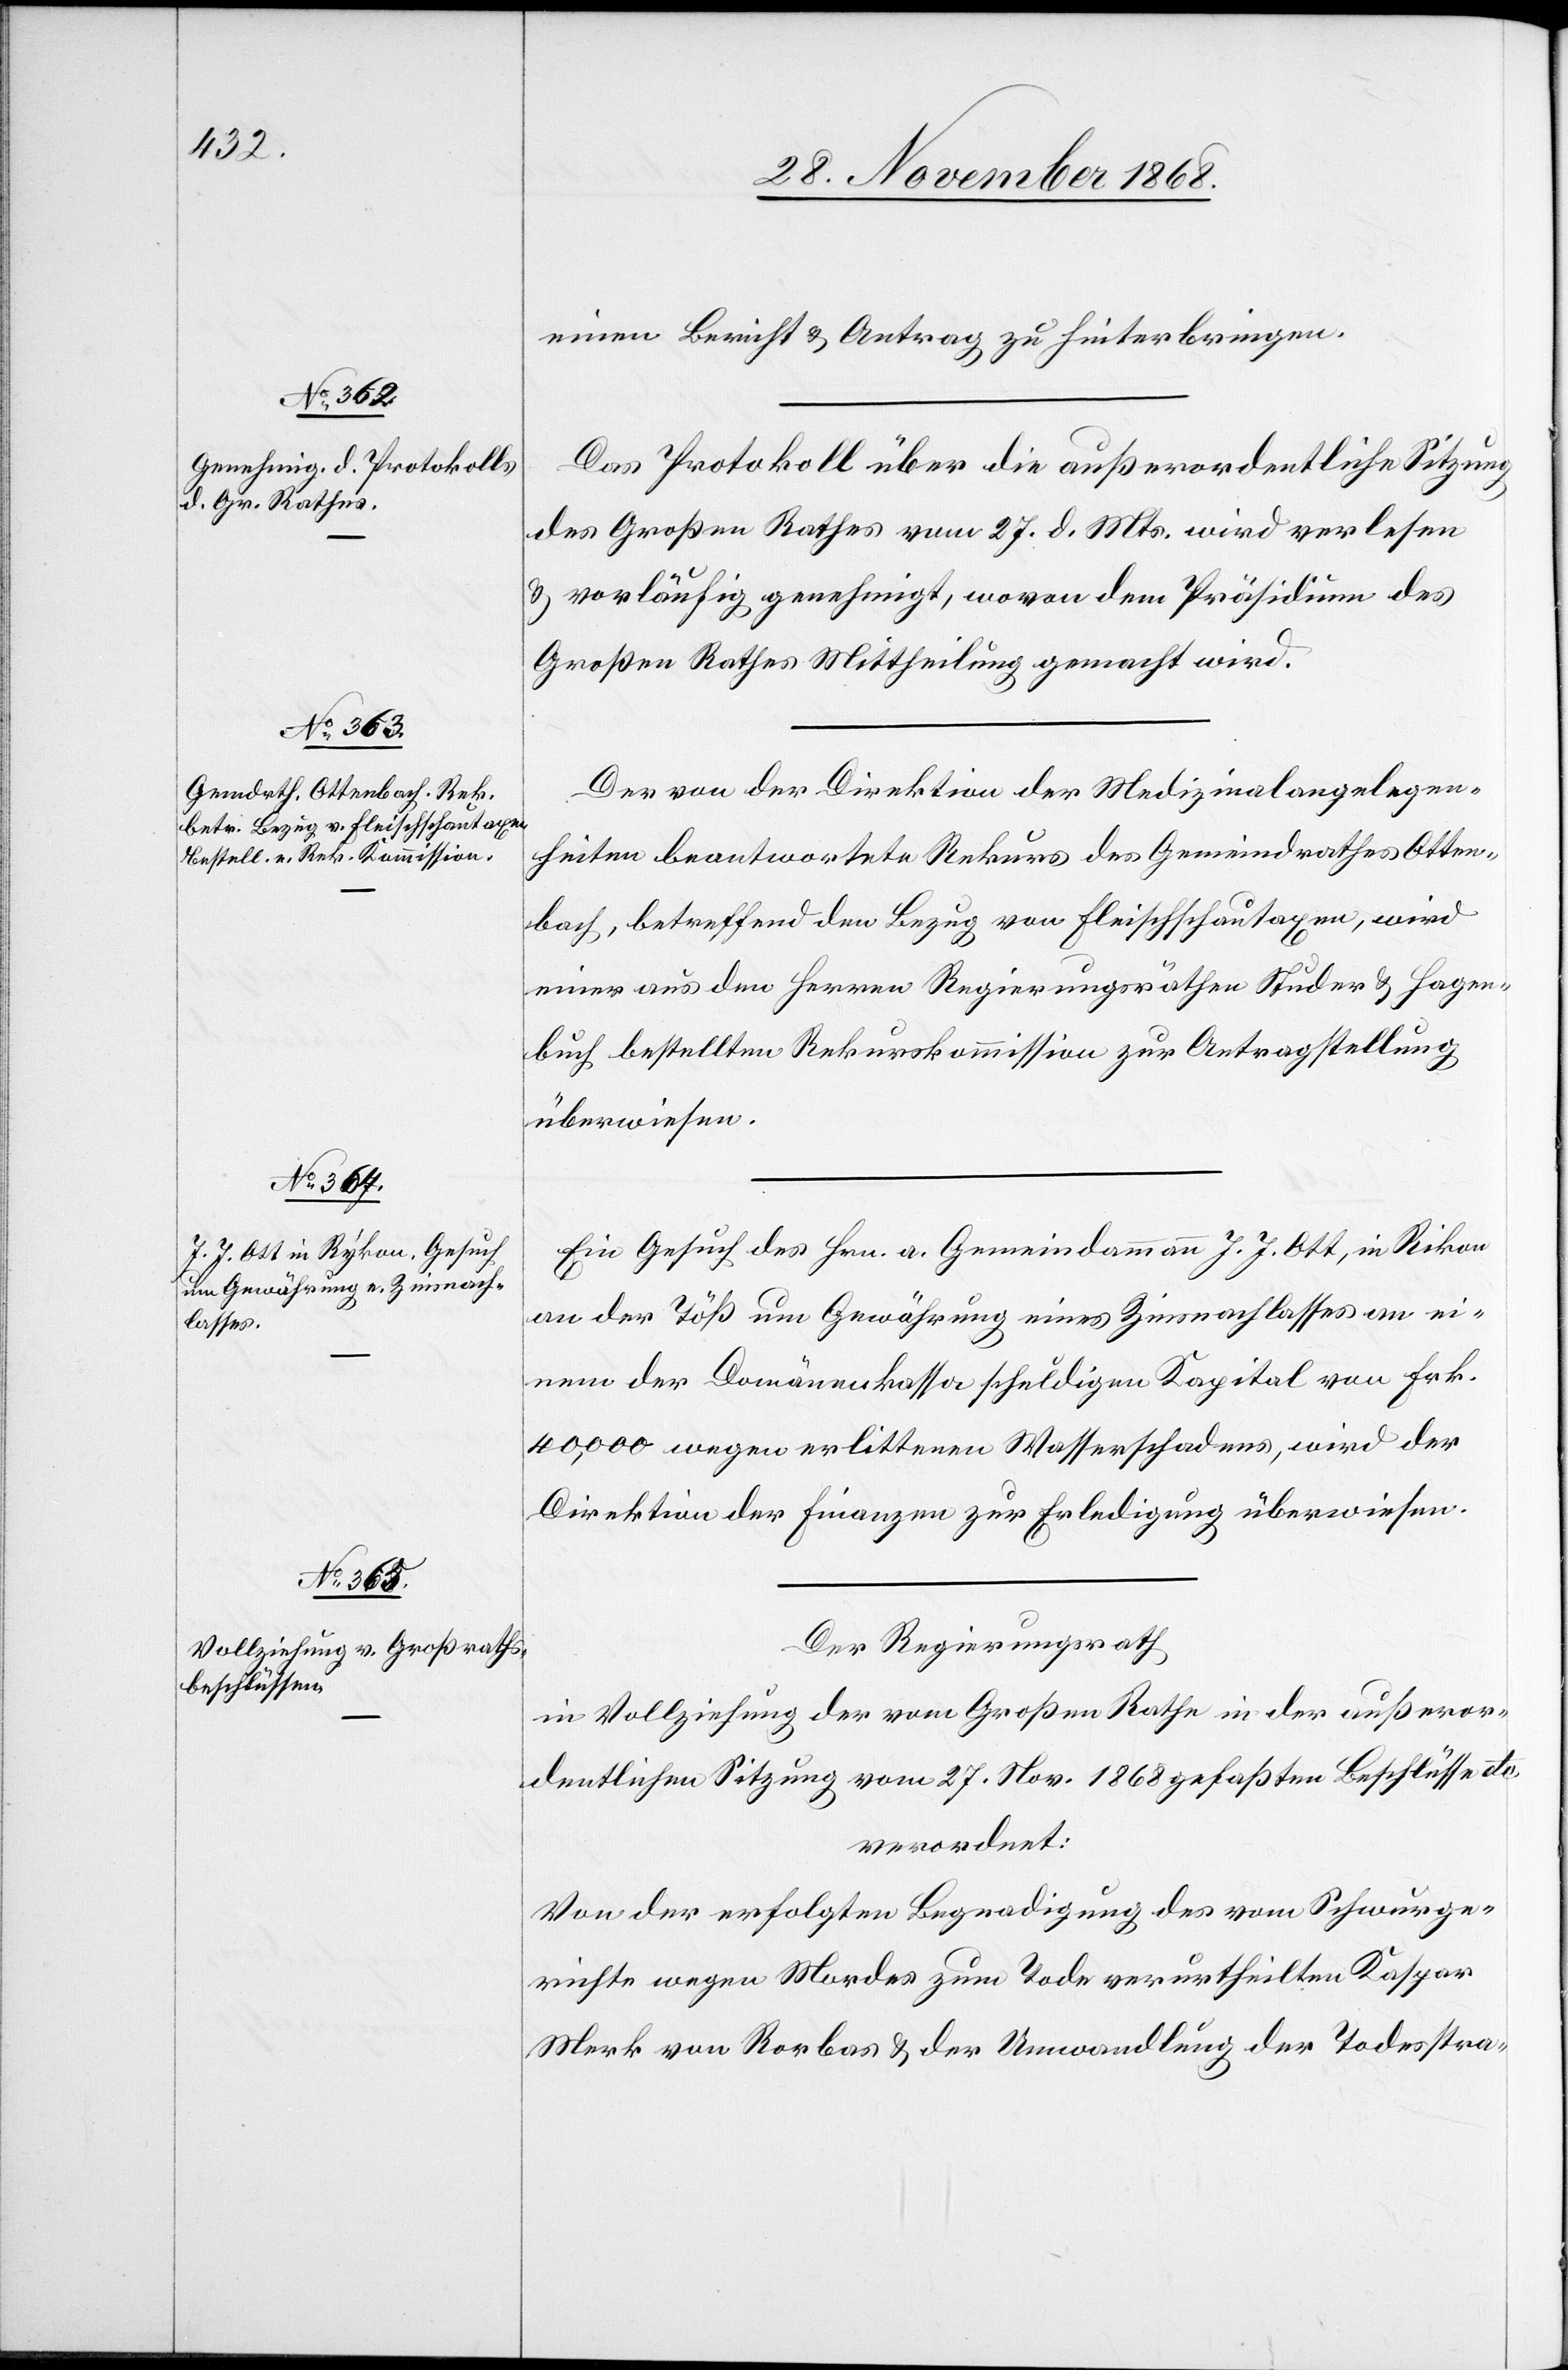
einen Bericht & Antrag zu hinterbringen.
Das Protokoll über die außerordentliche Sitzung
des Großen Rathes vom 27. d. Mts. wird verlesen
& vorläufig genehmigt, wovon dem Präsidium des
Großen Rathes Mittheilung gemacht wird.
Der von der Direktion der Medizinalangelegen¬
heiten beantwortete Rekurs des Gemeindrathes Otten¬
bach, betreffend den Bezug von Fleischschautaxen, wird
einer aus den Herren Regierungsräthen Studer & Hagen¬
buch bestellten Rekurskommission zur Antragstellung
überwiesen.
Ein Gesuch des Hrn. a. Gemeindammann J. J. Ott, in Rikon
an der Töß um Gewährung eines Zinsnachlasses an ei¬
nem der Domänenkassa schuldigen Kapital von Frk.
40,000 wegen erlittenen Wasserschadens, wird der
Direktion der Finanzen zur Erledigung überwiesen.
Der Regierungsrath
in Vollziehung der vom Großen Rathe in der außeror¬
dentlichen Sitzung vom 27. Nov. 1868 gefaßten Beschlüsse etc.
verordnet:
Von der erfolgten Begnadigung des vom Schwurge¬
richte wegen Mordes zum Tode verurtheilten Kaspar
Merk von Rorbas & der Umwandlung der Todesstra-